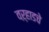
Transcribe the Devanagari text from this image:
वऱ्हाडचे